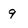
Character: 9